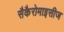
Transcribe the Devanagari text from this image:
सैकैरोमाइसीज